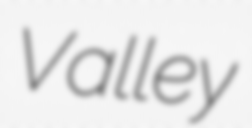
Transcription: Valley